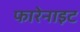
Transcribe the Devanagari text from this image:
फारेनाइट